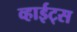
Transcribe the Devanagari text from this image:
व्हाईट्स